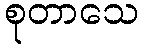
စုတာသေ